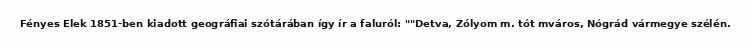
Fényes Elek 1851-ben kiadott geográfiai szótárában így ír a faluról: ""Detva, Zólyom m. tót mváros, Nógrád vármegye szélén.